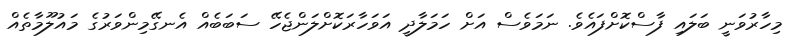
މިހާރުވަނީ ބަލައި ފާސްކޮށްފައެވެ. ނަމަވެސް އަށް ހަމަލާދީ އަވަހާރަކޮށްލަންޖެހޭ ސަބަބެއް އެނގޭމިންވަރުގެ މައުލޫމާތެއް